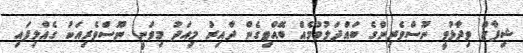
ޝިފާޒް ވިދާޅުވީ ނޫސްވެރިންގެ ބައްދަލުވުމެއް ބޭއްވިގެން ދާއިރު މިއަދު މިވަނީ ނޫސްވެރިއަކު ގެއްލިފައި